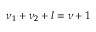
\nu _ { 1 } + \nu _ { 2 } + l = \nu + 1